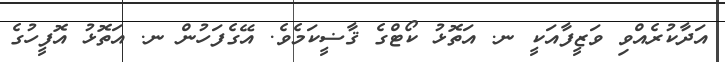
އަދާކުރެއްވި ވަޒީފާއަކީ ނ. އަތޮޅު ކޯޓްގެ ޤާޟީކަމެވެ. އޭގެފަހުން ނ. އަތޮޅު އޮފީހުގެ